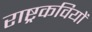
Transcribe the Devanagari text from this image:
राष्ट्रकवियों